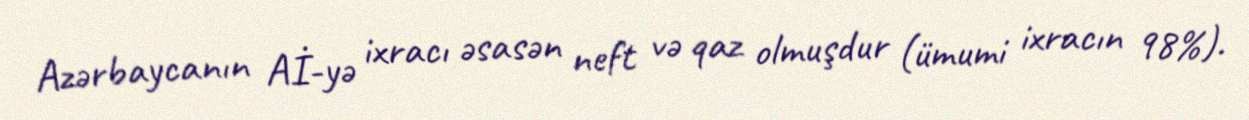
Azərbaycanın Aİ-yə ixracı əsasən neft və qaz olmuşdur (ümumi ixracın 98%).